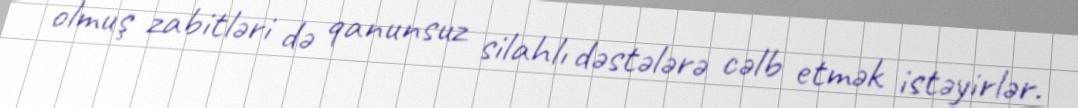
olmuş zabitləri də qanunsuz silahlı dəstələrə cəlb etmək istəyirlər.